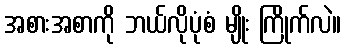
အစားအစာကို ဘယ်လိုပုံစံ မျိုး ကြိုက်လဲ။